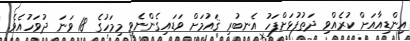
އިންޑިއާއަށް ކުރެއްވި ދަތުފުޅަށްފަހު އެނބުރި ޤައުމަށް ވަޑައިގެންނެވީ މިމަހުގެ 18 ވަނަ ދުވަހުއެވެ.